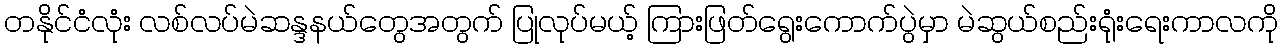
တနိုင်ငံလုံး လစ်လပ်မဲဆန္ဒနယ်တွေအတွက် ပြုလုပ်မယ့် ကြားဖြတ်ရွေးကောက်ပွဲမှာ မဲဆွယ်စည်းရုံးရေးကာလကို